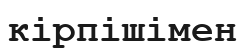
кірпішімен